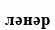
ләнәр